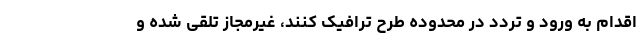
اقدام به ورود و تردد در محدوده طرح ترافیک کنند، غیرمجاز تلقی شده و